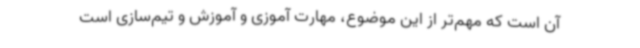
آن است که مهم‌تر از این موضوع، مهارت آموزی و آموزش و تیم‌سازی است